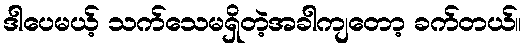
ဒါပေမယ့် သက်သေမရှိတဲ့အခါကျတော့ ခက်တယ်။